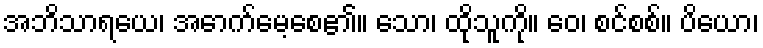
အဘိသာရယေ၊ အောက်မေ့စေ၏။ သော၊ ထိုသူကို။ ဝေ၊ စင်စစ်။ ပိယော၊